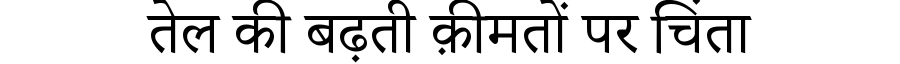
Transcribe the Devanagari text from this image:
तेल की बढ़ती क़ीमतों पर चिंता